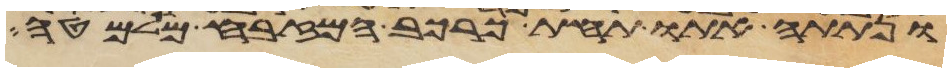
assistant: ונתתה אתו תחת כרכב המזבח מלמטה